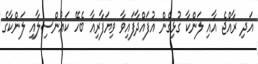
އަދި ރާއްޖެ އާއިި ލަންކާ ގުޅިގެން އުފައްދާފައިވާ ވިޔަފާރިއާ ބެހޭ ކައުންސިލާއި ލަންކާގެ